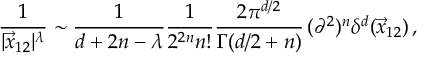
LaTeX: \frac { 1 } { | \vec { x } _ { 1 2 } | ^ { \lambda } } \sim \frac { 1 } { d + 2 n - \lambda } \frac { 1 } { 2 ^ { 2 n } n ! } \frac { 2 \pi ^ { d / 2 } } { \Gamma ( d / 2 + n ) } \, ( \partial ^ { 2 } ) ^ { n } \delta ^ { d } ( \vec { x } _ { 1 2 } ) \, ,